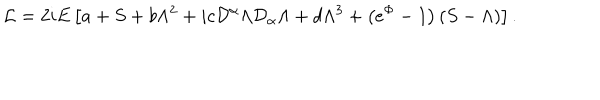
LaTeX: { \mathcal { L } } = 2 i E \left[ a + S + b \Lambda ^ { 2 } + i c { \mathcal { D } } ^ { \alpha } \Lambda { \mathcal { D } } _ { \alpha } \Lambda + d \Lambda ^ { 3 } + \left( e ^ { \Phi } - 1 \right) \left( S - \Lambda \right) \right] .